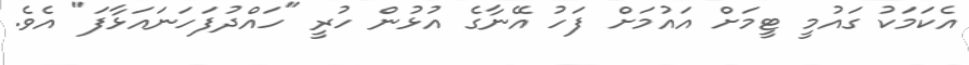
އެކަމަކު ގައުމީ ޓީމަށް އައުމަށް ފަހު އޭނާގެ އުޅުން ހުރީ "ހައްދުފަހަނައަޅާފަ" އެވެ.